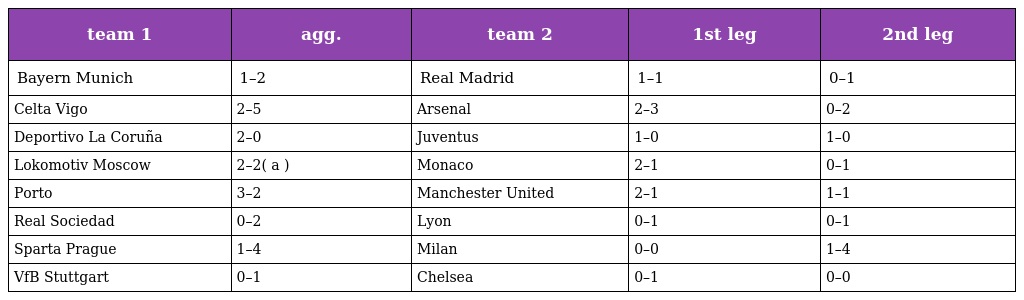
| team 1 | agg. | team 2 | 1st leg | 2nd leg |
 | --- | --- | --- | --- | --- |
 | Bayern Munich | 1–2 | Real Madrid | 1–1 | 0–1 |
 | Celta Vigo | 2–5 | Arsenal | 2–3 | 0–2 |
 | Deportivo La Coruña | 2–0 | Juventus | 1–0 | 1–0 |
 | Lokomotiv Moscow | 2–2( a ) | Monaco | 2–1 | 0–1 |
 | Porto | 3–2 | Manchester United | 2–1 | 1–1 |
 | Real Sociedad | 0–2 | Lyon | 0–1 | 0–1 |
 | Sparta Prague | 1–4 | Milan | 0–0 | 1–4 |
 | VfB Stuttgart | 0–1 | Chelsea | 0–1 | 0–0 |